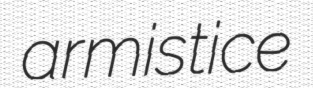
armistice